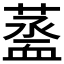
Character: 𧗆